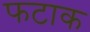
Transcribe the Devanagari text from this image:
फटाक